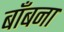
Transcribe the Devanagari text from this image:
बाँबना